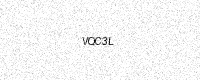
Text: VQC3L